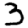
Digit: 3